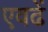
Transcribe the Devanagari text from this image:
एवढें